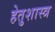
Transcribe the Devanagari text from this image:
हेतुशास्त्र